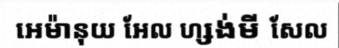
អេម៉ានុយ អែល ហ្សង់មី សែល